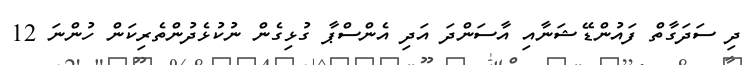
ދި ސަދަގާތް ފައުންޑޭޝަނާއި އާސަންދަ އަދި އެންސްޕާ ގުޅިގެން ނުކުޅެދުންތެރިކަން ހުންނަ 12